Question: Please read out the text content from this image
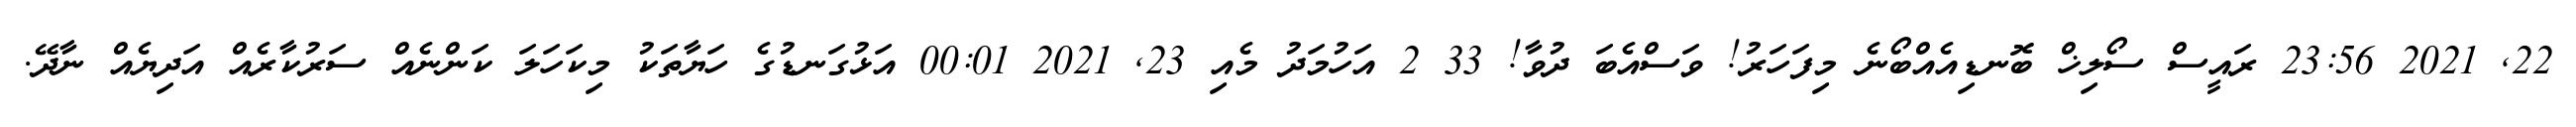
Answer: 22, 2021 23:56 ރައީސް ސޯލިޚް ބޮނޑިއެއްބޯނެ މިފަހަރު! ވަސްއެބަ ދުވާ! 33 2 އަހުމަދު މެއި 23, 2021 00:01 އަޅުގަނޑުގެ ހަޔާތަކު މިކަހަލަ ކަންނެއް ސަރުކާރެއް އަދިޔެއް ނާދޭ.